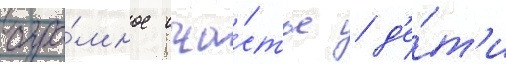
огро́мное сча́стье / д'е́т'и